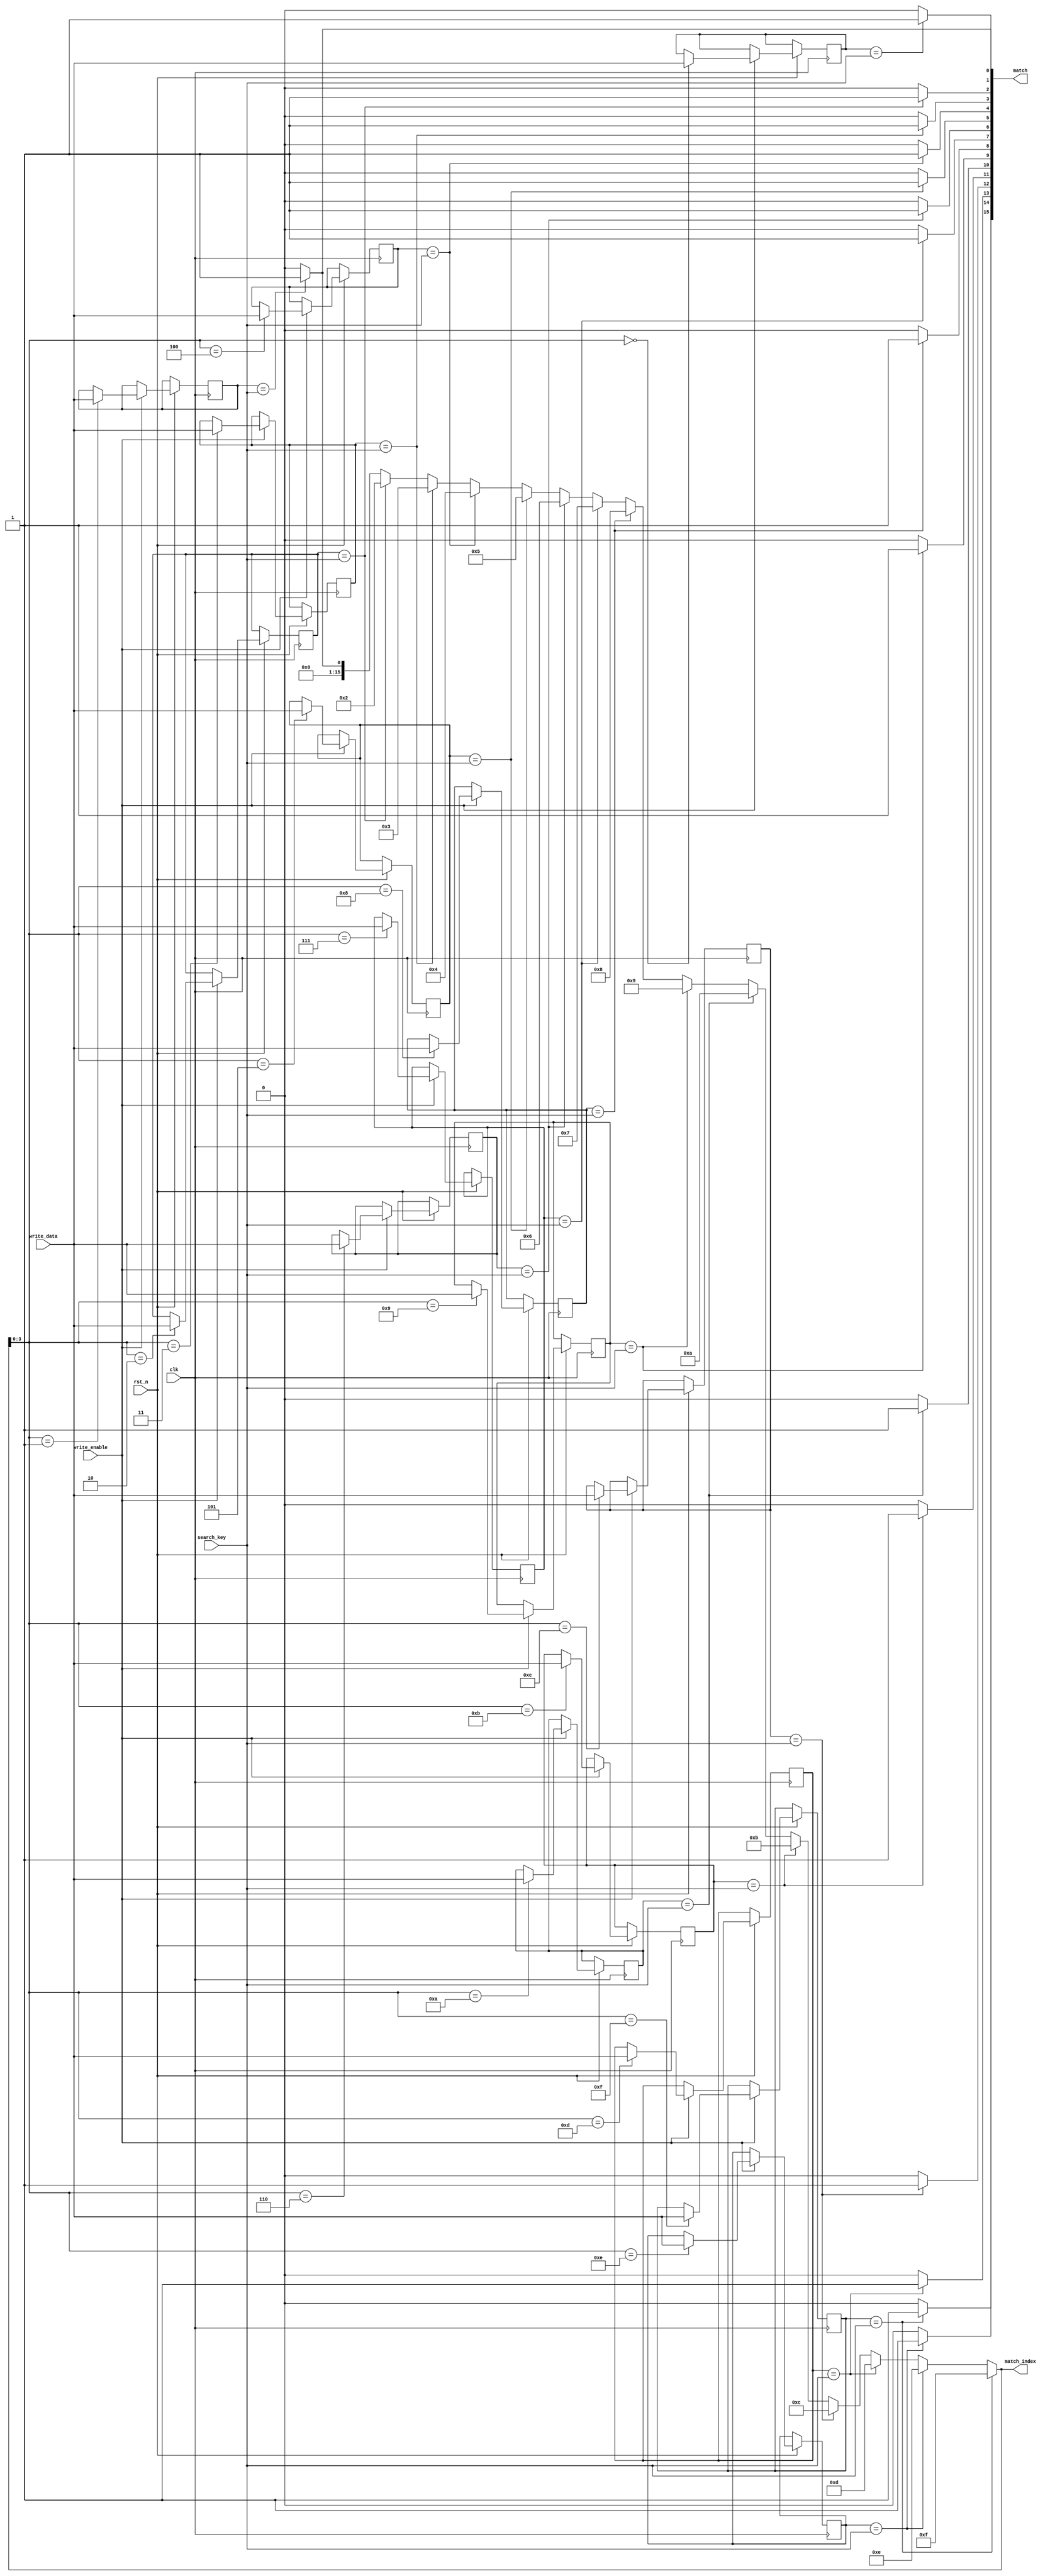
module cam #(
    parameter WORD_SIZE = 8,    // Size of each entry in bits
    parameter DEPTH = 16         // Number of entries in the CAM
)(
    input wire clk,              // Clock signal
    input wire rst_n,            // Active low reset
    input wire [WORD_SIZE-1:0] search_key,  // Key to search
    input wire [WORD_SIZE-1:0] write_data,   // Data to write
    input wire write_enable,      // Write enable signal
    output reg [DEPTH-1:0] match, // Match line output
    output reg [DEPTH-1:0] match_index // Index of the matching entry
);

    // CAM storage array
    reg [WORD_SIZE-1:0] cam_array [0:DEPTH-1];
    integer i;

    // Initialize CAM entries
    initial begin
        for (i = 0; i < DEPTH; i = i + 1) begin
            cam_array[i] = {WORD_SIZE{1'b0}}; // Initialize all entries to 0
        end
    end

    // Search operation
    always @(*) begin
        match = 0;
        match_index = 0;
        for (i = 0; i < DEPTH; i = i + 1) begin
            if (cam_array[i] == search_key) begin
                match[i] = 1'b1; // Set match line if there's a match
                match_index = i; // Store the index of the match
            end
        end
    end

    // Write operation
    always @(posedge clk or negedge rst_n) begin
        if (!rst_n) begin
            // Reset logic can be added if needed
        end else if (write_enable) begin
            // Write data to the CAM
            cam_array[match_index] <= write_data; // Write data to the matched index
        end
    end

endmodule